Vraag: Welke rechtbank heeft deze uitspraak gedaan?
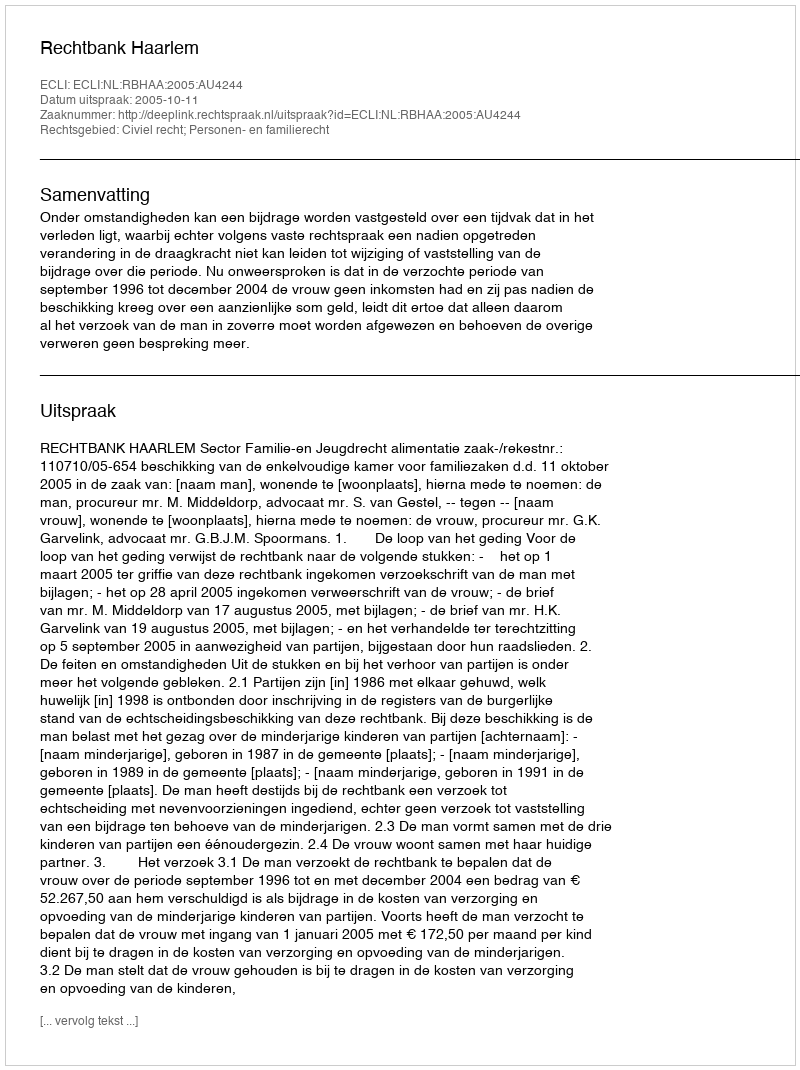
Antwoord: Rechtbank Haarlem